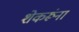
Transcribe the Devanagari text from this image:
शेकरूंना